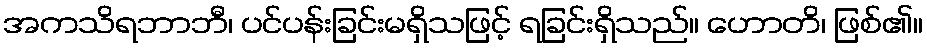
အကသိရဘာဘီ၊ ပင်ပန်းခြင်းမရှိသဖြင့် ရခြင်းရှိသည်။ ဟောတိ၊ ဖြစ်၏။